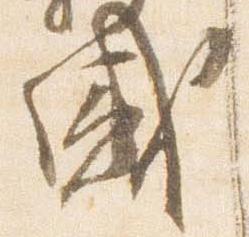
国